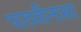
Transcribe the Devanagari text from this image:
पाठवीनासा